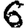
Digit: 6